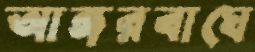
আঙ্গরবাঘে